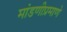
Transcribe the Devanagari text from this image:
मांडणीप्रमाणे